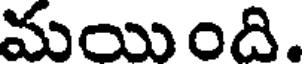
మయింది.